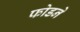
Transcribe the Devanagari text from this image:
फोडने